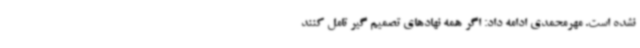
نشده است. مهرمحمدی ادامه داد: اگر همه نهادهای تصمیم گیر تامل کنند